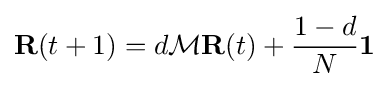
\mathbf {R} (t+1)=d{\mathcal {M}}\mathbf {R} (t)+{\frac {1-d}{N}}\mathbf {1}